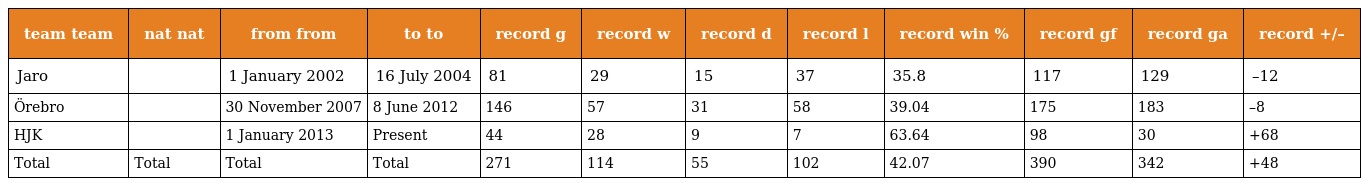
| team team | nat nat | from from | to to | record g | record w | record d | record l | record win % | record gf | record ga | record +/– |
 | --- | --- | --- | --- | --- | --- | --- | --- | --- | --- | --- | --- |
 | Jaro |  | 1 January 2002 | 16 July 2004 | 81 | 29 | 15 | 37 | 35.8 | 117 | 129 | –12 |
 | Örebro |  | 30 November 2007 | 8 June 2012 | 146 | 57 | 31 | 58 | 39.04 | 175 | 183 | –8 |
 | HJK |  | 1 January 2013 | Present | 44 | 28 | 9 | 7 | 63.64 | 98 | 30 | +68 |
 | Total | Total | Total | Total | 271 | 114 | 55 | 102 | 42.07 | 390 | 342 | +48 |